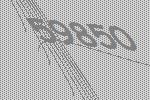
59850